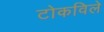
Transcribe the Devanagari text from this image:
टोकविले